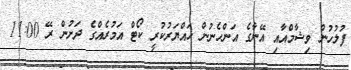
ފުލުހުން ވިޝާމްއާއި އޭނާގެ އަންހެނުން ހައްޔަރުކުރީ ކޯޓް އަމުރެއްގެ ދަށުން ރޭ 11:00